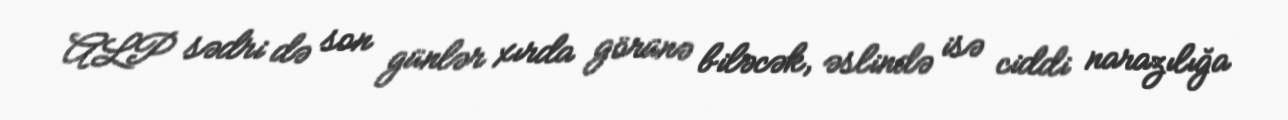
ALP sədri də son günlər xırda görünə biləcək, əslində isə ciddi narazılığa